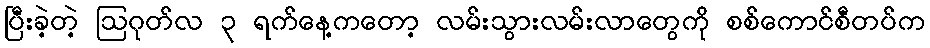
ပြီးခဲ့တဲ့ ဩဂုတ်လ ၃ ရက်နေ့ကတော့ လမ်းသွားလမ်းလာတွေကို စစ်ကောင်စီတပ်က